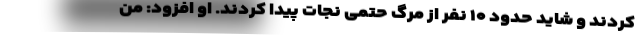
کردند و شاید حدود ۱۰ نفر از مرگ حتمی نجات پیدا کردند. او افزود: من